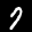
Label: 7